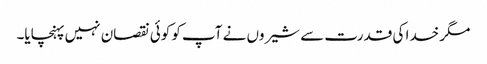
مگر خدا کی قدرت سے شیروں نے آپ کو کوئی نقصان نہیں پہنچایا۔